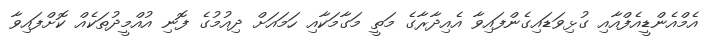
އެމްއެންޑީއެފްއާއި ގުޅިވަޑައިގެންފައިވާ އެއިދާރާގެ މަތީ މަގާމަކާއި ހަމައަށް ދިއުމުގެ ފޮނި އުއްމީދުތަކެއް ކޮށްފައިވާ